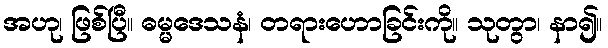
အဟု၊ ဖြစ်ပြီ။ ဓမ္မဒေသနံ၊ တရားဟောခြင်းကို။ သုတွာ၊ နာ၍။